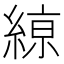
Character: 𦂠